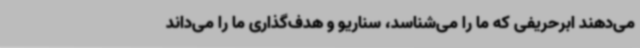
می‌دهند ابرحریفی که ما را می‌شناسد، سناریو و هدف‌گذاری ما را می‌داند